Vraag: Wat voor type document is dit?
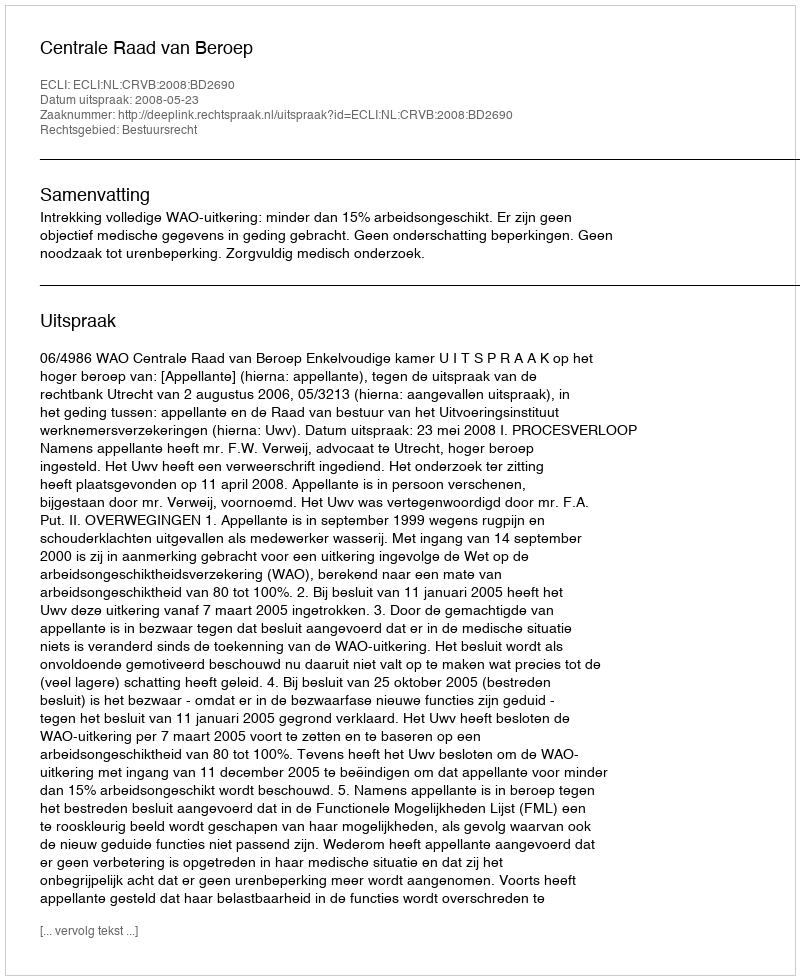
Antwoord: Uitspraak